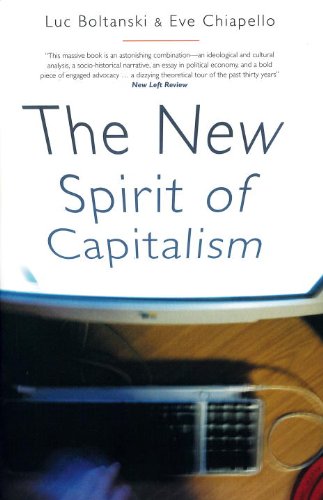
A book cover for The New Spirit of Capitalism; Luc Boltanski; Business & Money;